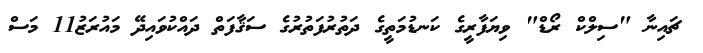
ޗައިނާ "ސިލްކް ރޯޑް" ވިޔަފާރީގެ ކަނޑުމަތީގެ ދަތުރުފަތުރުގެ ސަޤާފަތް ދައްކުވައިދޭ މައުރަޒު11 މަސް